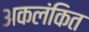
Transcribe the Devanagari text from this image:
अकलंकित